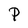
Character: P